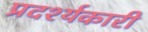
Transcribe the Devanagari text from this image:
प्रदर्श्यकारी